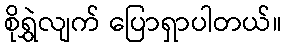
စိုရွှဲလျက် ပြောရှာပါတယ်။